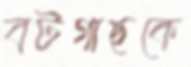
বটগাছকে